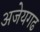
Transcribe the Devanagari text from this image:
अजेयगढ